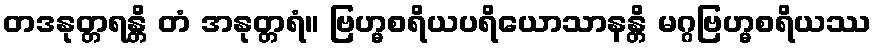
တဒနုတ္တရန္တိ တံ အနုတ္တရံ။ ဗြဟ္မစရိယပရိယောသာနန္တိ မဂ္ဂဗြဟ္မစရိယဿ